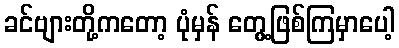
ခင်ဗျားတို့ကတော့ ပုံမှန် တွေ့ဖြစ်ကြမှာပေါ့